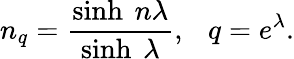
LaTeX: n_{q}=\frac{\sinh~n\lambda}{\sinh~\lambda},~~~q=e^{\lambda}.